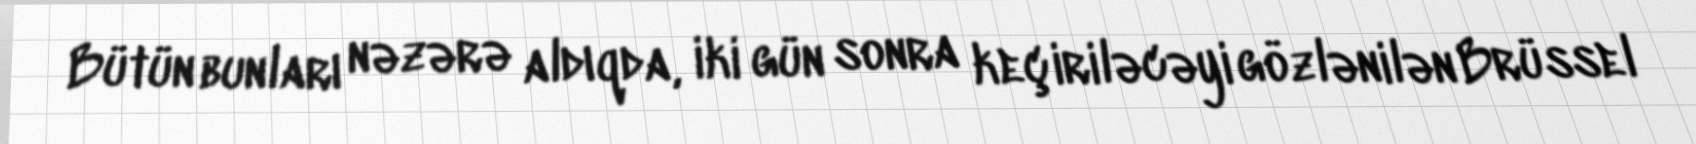
Bütün bunları nəzərə aldıqda, iki gün sonra keçiriləcəyi gözlənilən Brüssel